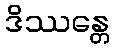
ဒိဿန္တေ